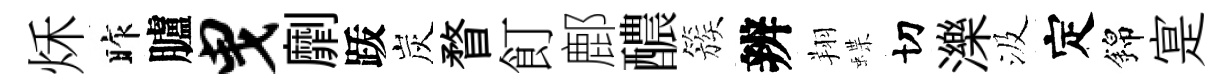
秌昨臚曳劘䟦炭瞀飣鄜醲簇辨翔蝶切濼汲定錦寔